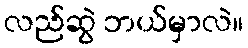
လည်ဆွဲ ဘယ်မှာလဲ။